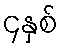
၄နှစ်